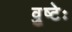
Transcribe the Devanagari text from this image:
व्रुष्टेः